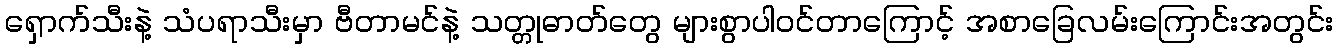
ရှောက်သီးနဲ့ သံပရာသီးမှာ ဗီတာမင်နဲ့ သတ္တုဓာတ်တွေ များစွာပါဝင်တာကြောင့် အစာခြေလမ်းကြောင်းအတွင်း